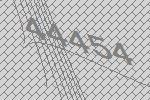
44454